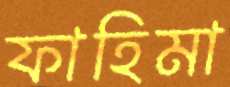
ফাহিমা